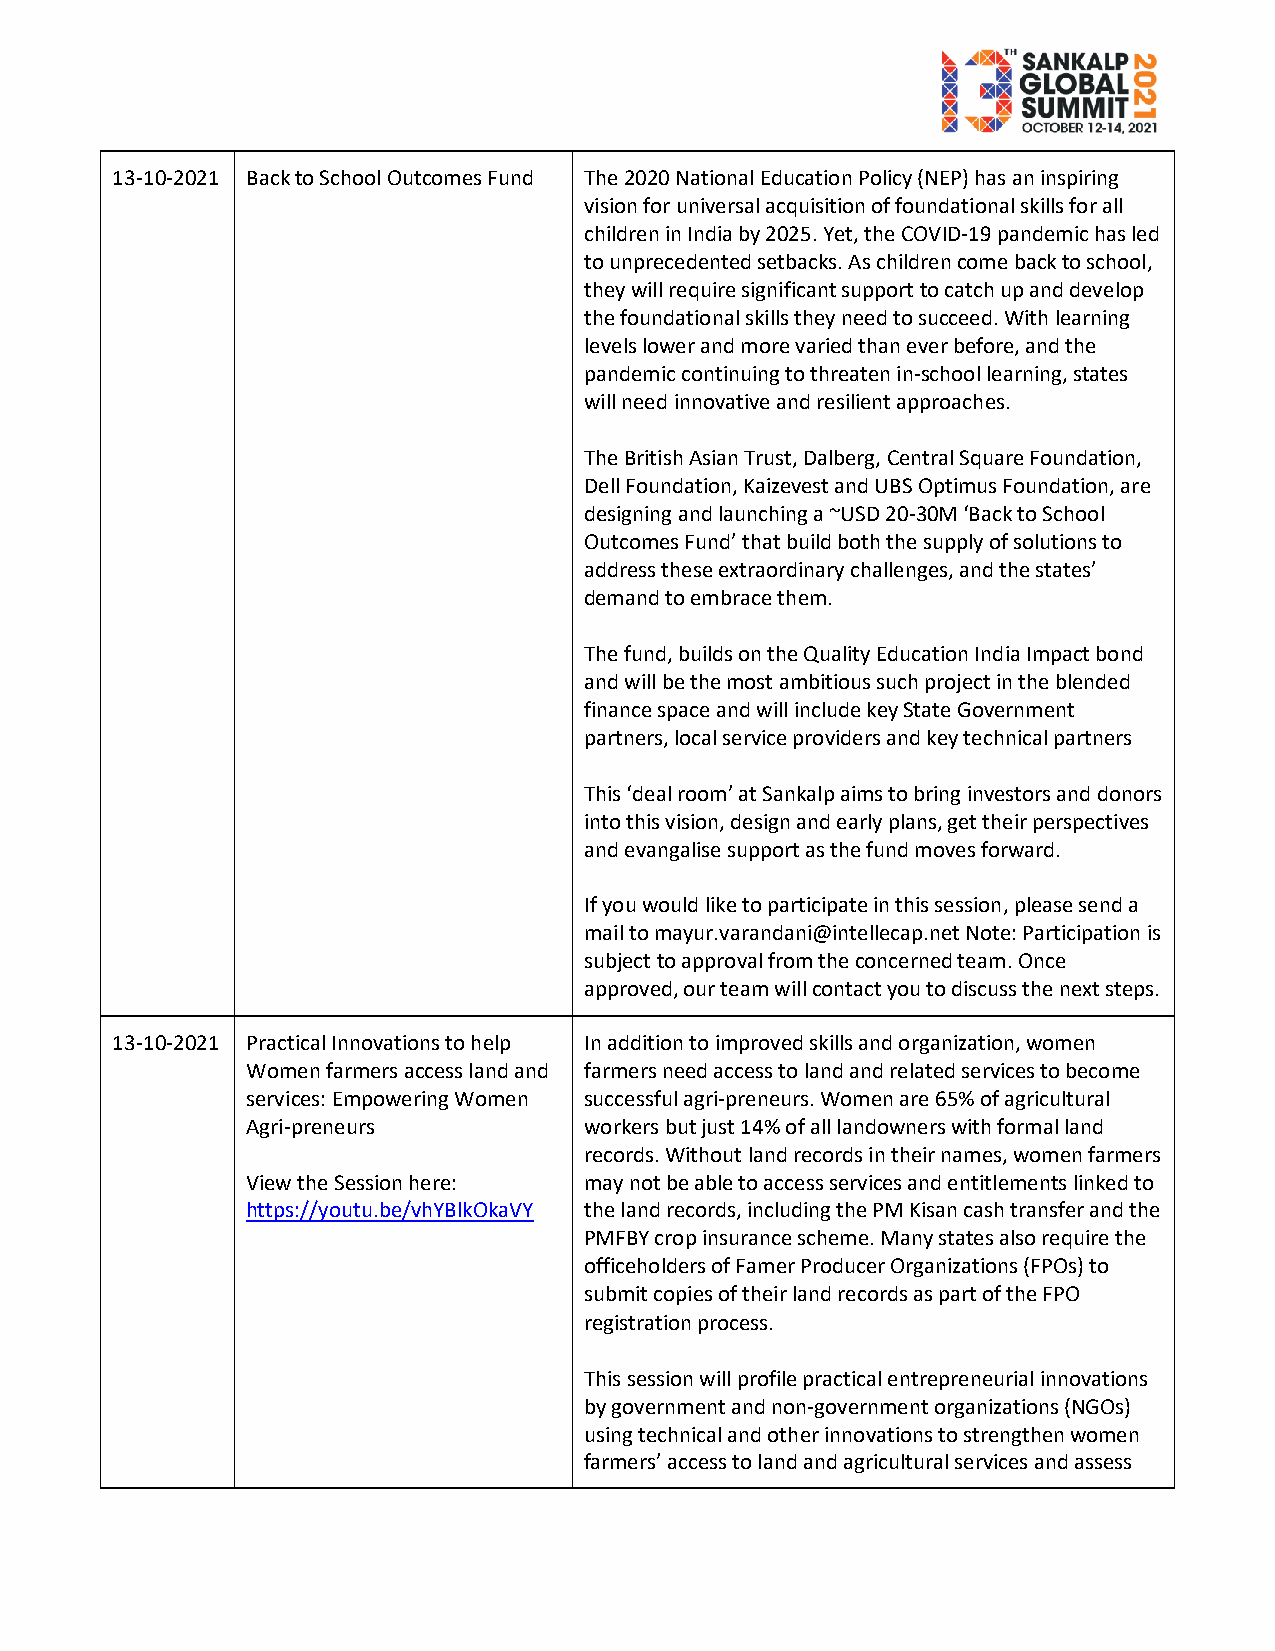
13-10-2021 Back to School Outcomes Fund The 2020 National Education Policy (NEP) has an inspiring
 vision for universal acquisition of foundational skills for all
 children in India by 2025. Yet, the COVID-19 pandemic has led
 to unprecedented setbacks. As children come back to school,
 they will require significant support to catch up and develop
 the foundational skills they need to succeed. With learning
 levels lower and more varied than ever before, and the
 pandemic continuing to threaten in-school learning, states
 will need innovative and resilient approaches.
 The British Asian Trust, Dalberg, Central Square Foundation,
 Dell Foundation, Kaizevest and UBS Optimus Foundation, are
 designing and launching a ~USD 20-30M ‘Back to School
 Outcomes Fund’ that build both the supply of solutions to
 address these extraordinary challenges, and the states’
 demand to embrace them.
 The fund, builds on the Quality Education India Impact bond
 and will be the most ambitious such project in the blended
 finance space and will include key State Government
 partners, local service providers and key technical partners
 This ‘deal room’ at Sankalp aims to bring investors and donors
 into this vision, design and early plans, get their perspectives
 and evangalise support as the fund moves forward.
 If you would like to participate in this session, please send a
 mail to mayur.varandani@intellecap.net Note: Participation is
 subject to approval from the concerned team. Once
 approved, our team will contact you to discuss the next steps.
 13-10-2021 Practical Innovations to help In addition to improved skills and organization, women
 Women farmers access land and farmers need access to land and related services to become
 services: Empowering Women successful agri-preneurs. Women are 65% of agricultural
 Agri-preneurs          workers but just 14% of all landowners with formal land
 records. Without land records in their names, women farmers
 View the Session here: may not be able to access services and entitlements linked to
 https://youtu.be/vhYBlkOkaVY the land records, including the PM Kisan cash transfer and the
 PMFBY crop insurance scheme. Many states also require the
 officeholders of Famer Producer Organizations (FPOs) to
 submit copies of their land records as part of the FPO
 registration process.
 This session will profile practical entrepreneurial innovations
 by government and non-government organizations (NGOs)
 using technical and other innovations to strengthen women
 farmers’ access to land and agricultural services and assess